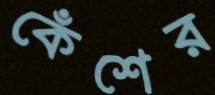
কেঁশের